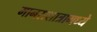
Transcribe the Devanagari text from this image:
मानसशात्रामध्ये